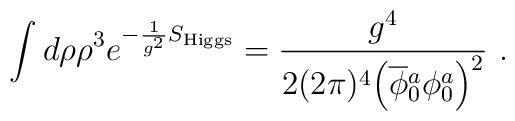
\int d\rho \rho^3 e^{-\frac{1}{g^2}S_{\rm Higgs}} =\frac{g^4}{2(2\pi)^4\Big(\overline\phi{}_0^a\phi_0^a\Big)^2} ~.